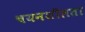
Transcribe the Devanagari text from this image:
चयनशीलता